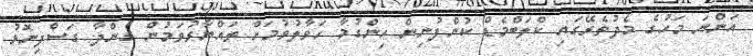
އަންނަ މަހުގެ މެދުތެރޭގައި ކްލަބްމެޑް ކުންފުނިން ހިންގުމާ ހަވާލުވުމަށް ތައްޔާރުވަމުން ގެންދާ ގަސްފިނޮޅު